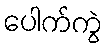
ပေါက်ကွဲ